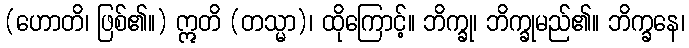
(ဟောတိ၊ ဖြစ်၏။) ဣတိ (တသ္မာ)၊ ထိုကြောင့်။ ဘိက္ခု၊ ဘိက္ခုမည်၏။ ဘိက္ခနေ၊